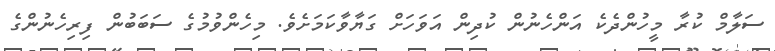
ސަލާމް ކުރާ މީހުންދެކެ އަންހެނުން ކުދިން އަވަހަށް ގަޔާވާކަމަށެވެ. މިހެންވުމުގެ ސަބަބުން ފިރިހެނުންގެ